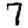
Digit: 7